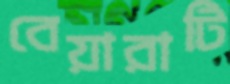
বেয়ারাটি